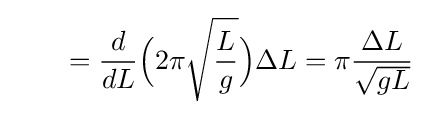
\qquad ={d \over dL}{\Big (}2\pi {\sqrt {L \over g}}{\Big )}\Delta L=\pi {\Delta L \over {\sqrt {gL}}}